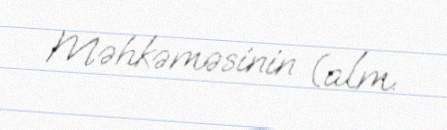
Məhkəməsinin (alm.